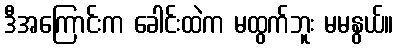
ဒီအကြောင်းက ခေါင်းထဲက မထွက်ဘူး မမနွယ်။